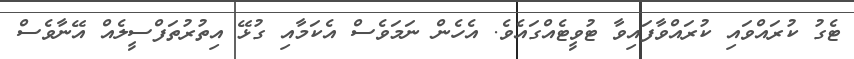
ޓެގު ކުރައްވައި ކުރައްވާފައިވާ ޓުވީޓެއްގައެވެ. އެހެން ނަމަވެސް އެކަމާއި ގުޅޭ އިތުރުތަފްސީލެއް އޭނާވެސް